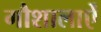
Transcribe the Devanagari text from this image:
गौशालाऐं